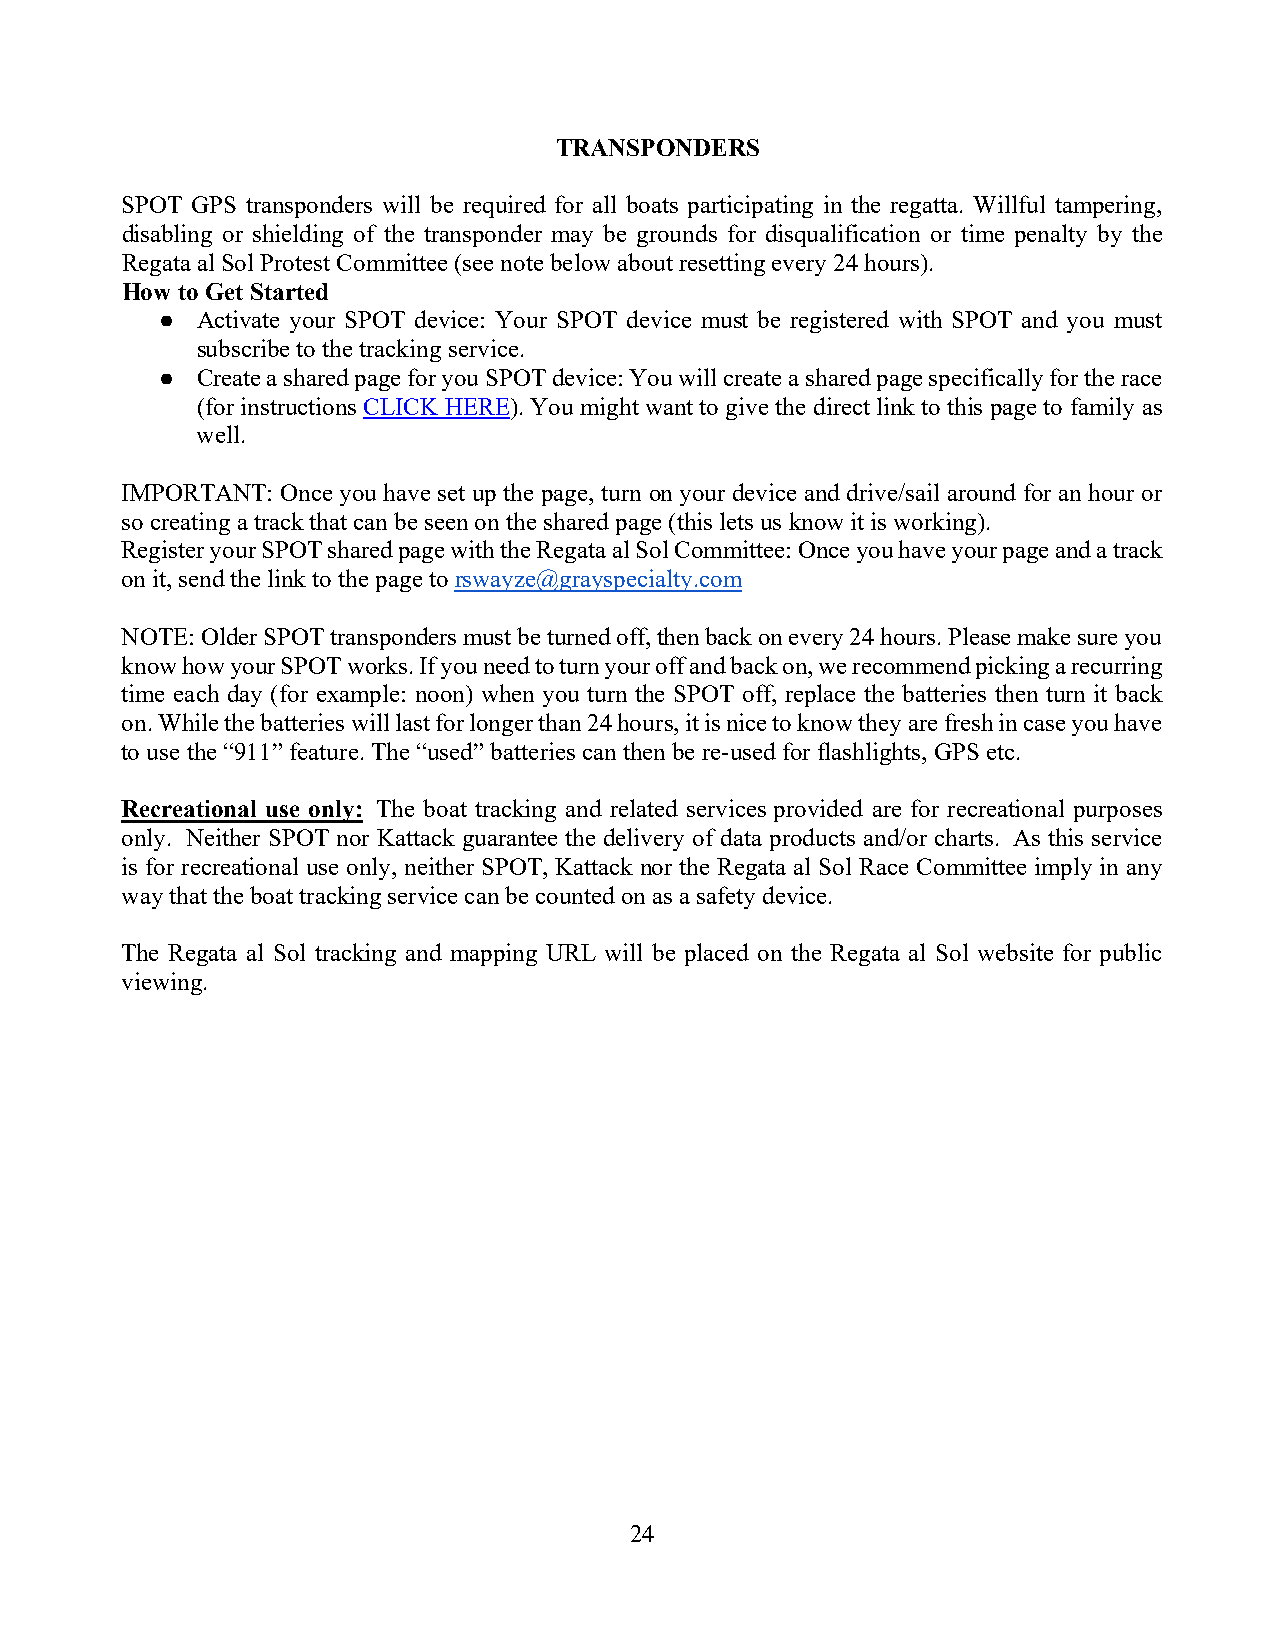
TRANSPONDERS
 SPOT GPS transponders will be required for all boats participating in the regatta. Willful tampering,
 disabling or shielding of the transponder may be grounds for disqualification or time penalty by the
 Regata al Sol Protest Committee (see note below about resetting every 24 hours).
 How to Get Started
 ● Activate your SPOT device: Your SPOT device must be registered with SPOT and you must
 subscribe to the tracking service.
 ● Create a shared page for you SPOT device: You will create a shared page specifically for the race
 (for instructions CLICK HERE). You might want to give the direct link to this page to family as
 well.
 IMPORTANT: Once you have set up the page, turn on your device and drive/sail around for an hour or
 so creating a track that can be seen on the shared page (this lets us know it is working).
 Register your SPOT shared page with the Regata al Sol Committee: Once you have your page and a track
 on it, send the link to the page to rswayze@grayspecialty.com
 NOTE: Older SPOT transponders must be turned off, then back on every 24 hours. Please make sure you
 know how your SPOT works. If you need to turn your off and back on, we recommend picking a recurring
 time each day (for example: noon) when you turn the SPOT off, replace the batteries then turn it back
 on. While the batteries will last for longer than 24 hours, it is nice to know they are fresh in case you have
 to use the “911” feature. The “used” batteries can then be re-used for flashlights, GPS etc.
 Recreational use only: The boat tracking and related services provided are for recreational purposes
 only. Neither SPOT nor Kattack guarantee the delivery of data products and/or charts. As this service
 is for recreational use only, neither SPOT, Kattack nor the Regata al Sol Race Committee imply in any
 way that the boat tracking service can be counted on as a safety device.
 The Regata al Sol tracking and mapping URL will be placed on the Regata al Sol website for public
 viewing.
 24